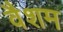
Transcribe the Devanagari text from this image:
वैशम